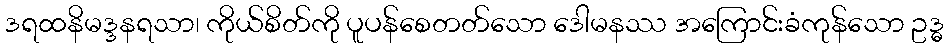
ဒရထနိမဒ္ဒနရသာ၊ ကိုယ်စိတ်ကို ပူပန်စေတတ်သော ဒေါမနဿ အကြောင်းခံကုန်သော ဥဒ္ဓ